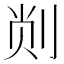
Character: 𫦁